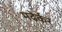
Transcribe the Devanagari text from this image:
मढेर्कर